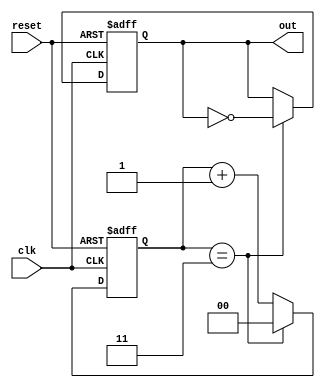
module divide_by_n_counter #(
    parameter N = 4 // Parameter N can be set to any positive integer
) (
    input wire clk,       // Clock input
    input wire reset,     // Asynchronous reset input
    output reg out        // Output signal that toggles every N clock cycles
);
    
    // Calculate the number of bits needed for the counter
    localparam COUNTER_BITS = $clog2(N);
    
    // Counter state variable
    reg [COUNTER_BITS-1:0] counter;

    // Asynchronous reset and counter increment logic
    always @(posedge clk or posedge reset) begin
        if (reset) begin
            counter <= 0;  // Reset counter to 0
            out <= 0;      // Reset output signal
        end else begin
            if (counter == N-1) begin
                counter <= 0; // Reset counter when it reaches N
                out <= ~out;   // Toggle output signal
            end else begin
                counter <= counter + 1; // Increment counter
            end
        end
    end

endmodule